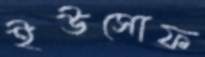
ইউসোফ